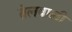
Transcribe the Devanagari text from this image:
तेलवाली